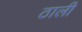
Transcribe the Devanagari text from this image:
ठाली